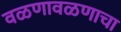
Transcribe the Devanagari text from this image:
वळणावळणाचा